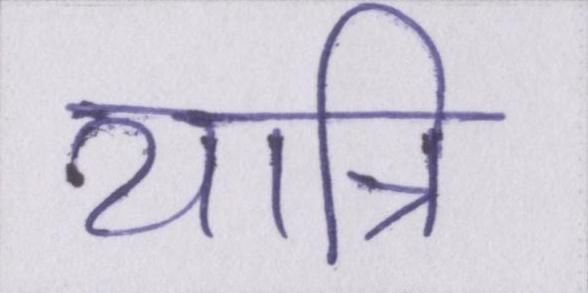
यात्रि